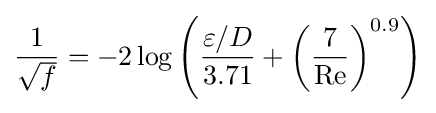
{\frac {1}{\sqrt {f}}}=-2\log \left({\frac {\varepsilon /D}{3.71}}+\left({\frac {7}{\mathrm {Re} }}\right)^{0.9}\right)